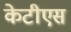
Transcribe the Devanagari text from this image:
केटीएस